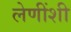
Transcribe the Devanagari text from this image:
लेणींशी